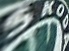
SKODA